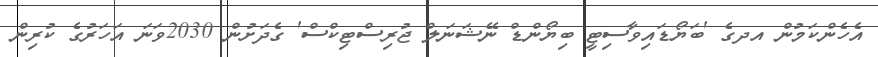
އެހެންކަމުން އދގެ 'ބަޔޯޑައިވާސިޓީ ބިޔޯންޑް ނޭޝަނަލް ޖުރިސްޓިކްސް' ގެދަށުން 2030ވަނަ އަހަރުގެ ކުރިން